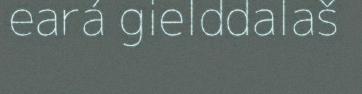
eará gielddalaš